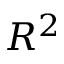
R ^ { 2 }